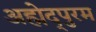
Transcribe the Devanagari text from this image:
अह्मेद्पुरम